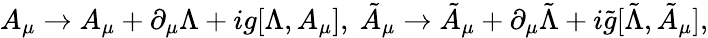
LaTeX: A_{\mu}\to A_{\mu}+\partial_{\mu}\Lambda+ig[\Lambda,A_{\mu}],\ \tilde{A}_{\mu}\to\tilde{A}_{\mu}+\partial_{\mu}\tilde{\Lambda}+i\tilde{g}[\tilde{\Lambda},\tilde{A}_{\mu}],